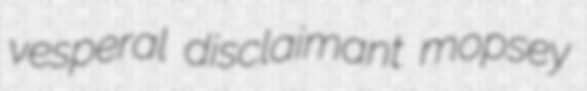
vesperal disclaimant mopsey